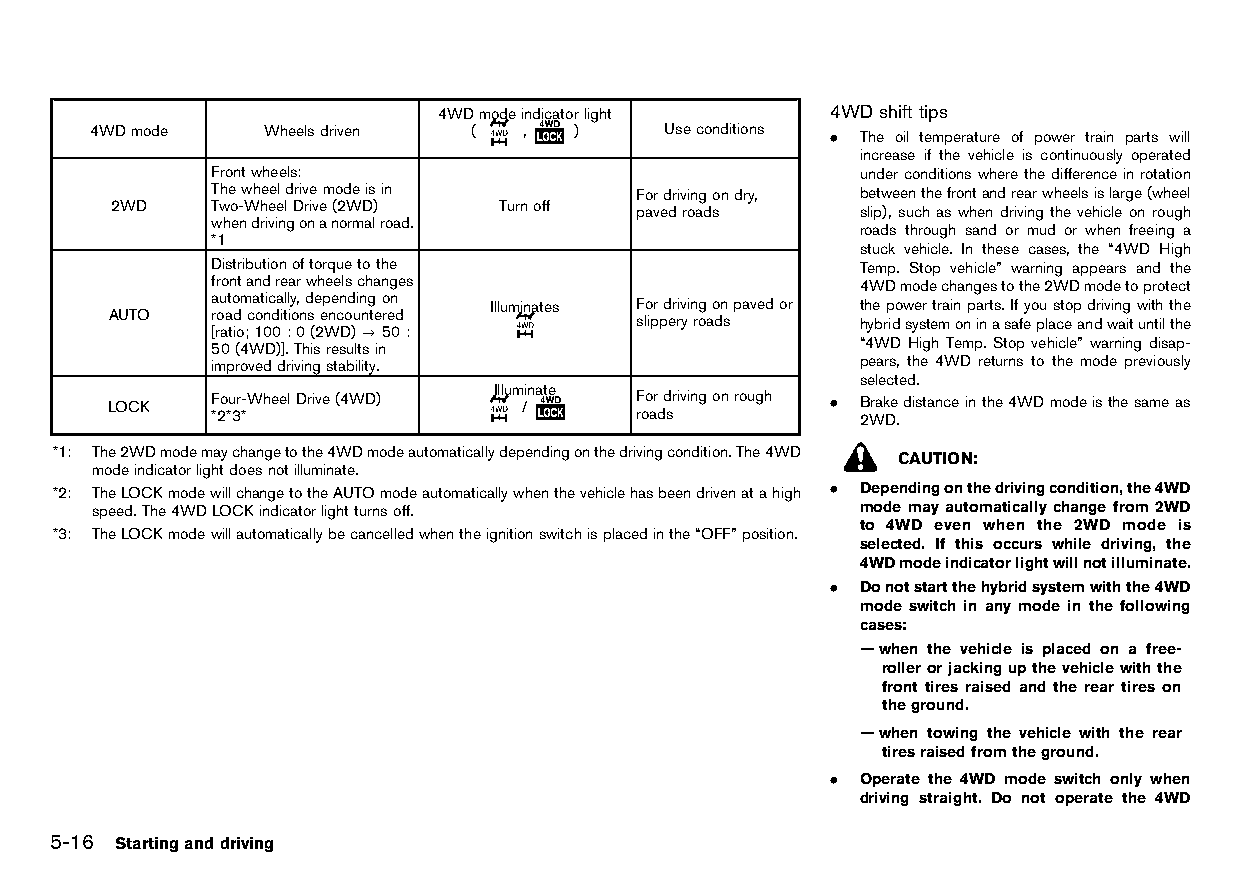
(200,1)
 4WDmodeindicatorlight     4WDshift tips
 4WDmode    Wheelsdriven  (  ,   )     Useconditions . The oil tH eT m32 pA e1 r-3 a6 tA u0 rB e76 oC- fCF p6C o- w45 e4 r6-B t3 r8 a8 in-BD p02 aE rB ts8DB w6F il1 l
 increase if the vehicle is continuously operated
 Frontwheels:                               underconditionswherethedifferenceinrotation
 Thewheeldrivemodeisin       Fordrivingondry, betweenthefrontandrearwheelsislarge(wheel
 2WD    Two-WheelDrive(2WD) Turnoff pavedroads     slip), such as when driving the vehicle on rough
 whendrivingonanormalroad.
 roads through sand or mud or when freeing a
 *1
 stuck vehicle. In these cases, the “4WD High
 Distributionoftorquetothe                  Temp. Stop vehicle” warning appears and the
 frontandrearwheelschanges                  4WDmodechangestothe2WDmodetoprotect
 automatically,dependingon
 Illuminates Fordrivingonpavedor thepowertrainparts.Ifyoustopdrivingwiththe
 AUTO   roadconditionsencountered
 slipperyroads  hybridsystemoninasafeplaceandwaituntilthe
 [ratio;100:0(2WD)?50:
 “4WD High Temp. Stop vehicle” warning disap-
 50(4WD)].Thisresultsin
 improveddrivingstability.                  pears, the 4WD returns to the mode previously
 selected.
 Illuminate
 LOCK   Four-WheelDrive(4WD) /      Fordrivingonrough . Brakedistanceinthe4WDmodeisthesameas
 *2*3*                       roads          2WD.
 *1: The2WDmodemaychangetothe4WDmodeautomaticallydependingonthedrivingcondition.The4WD CAUTION:
 modeindicatorlightdoesnotilluminate.
 *2: TheLOCKmodewillchangetotheAUTOmodeautomaticallywhenthevehiclehasbeendrivenatahigh . Dependingonthedrivingcondition,the4WD
 speed.The4WDLOCKindicatorlightturnsoff.            mode may automatically change from 2WD
 to 4WD even when the 2WD mode is
 *3: TheLOCKmodewillautomaticallybecancelledwhentheignitionswitchisplacedinthe“OFF”position.
 selected. If this occurs while driving, the
 4WDmodeindicatorlightwillnotilluminate.
 . Donotstartthehybridsystemwiththe4WD
 mode switch in any mode in the following
 cases:
 —when the vehicle is placed on a free-
 rollerorjackingupthevehiclewiththe
 front tires raised and the rear tires on
 theground.
 —when towing the vehicle with the rear
 tiresraisedfromtheground.
 . Operate the 4WD mode switch only when
 driving straight. Do not operate the 4WD
 5-16 Startinganddriving
 Condition:                        [Edit:2015/8/24 Model: HT32-A]